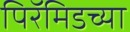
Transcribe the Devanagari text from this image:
पिरॅमिडच्या